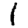
Digit: 1